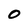
Character: 0